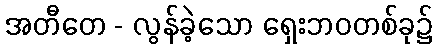
အတီတေ - လွန်ခဲ့သော ရှေးဘဝတစ်ခု၌